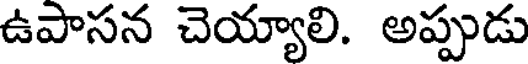
ఉపాసన చెయ్యాలి. అప్పుడు